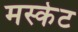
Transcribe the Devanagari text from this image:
मस्केट